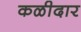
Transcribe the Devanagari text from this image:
कळीदार